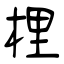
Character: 梩